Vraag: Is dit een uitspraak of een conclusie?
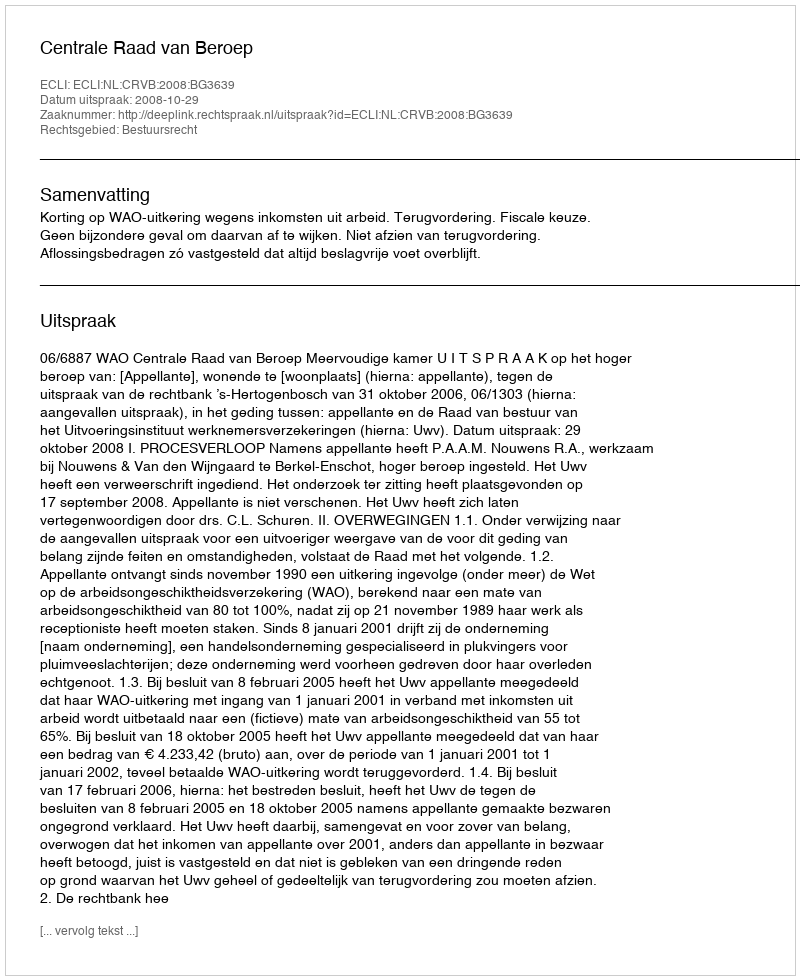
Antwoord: Uitspraak